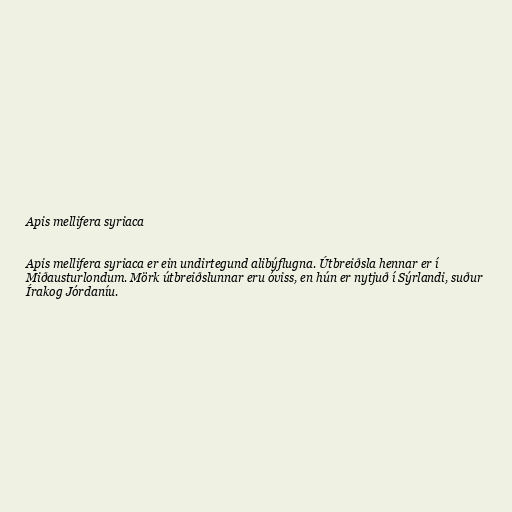
Apis mellifera syriaca

Apis mellifera syriaca er ein undirtegund alibýflugna. Útbreiðsla hennar er í
Miðausturlondum. Mörk útbreiðslunnar eru óviss, en hún er nytjuð í Sýrlandi, suður
Írakog Jórdaníu.